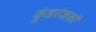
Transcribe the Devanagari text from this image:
कुंडरंजकों